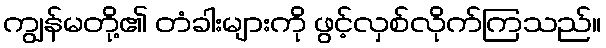
ကျွန်မတို့၏ တံခါးများကို ဖွင့်လှစ်လိုက်ကြသည်။